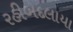
રહીબદલાયા